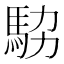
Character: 𩢊